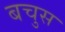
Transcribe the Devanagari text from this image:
बचुस